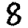
Digit: 8